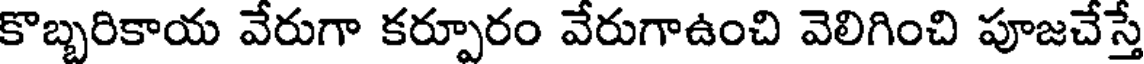
కొబ్బరికాయ వేరుగా కర్పూరం వేరుగాఉంచి వెలిగించి పూజచేస్తే